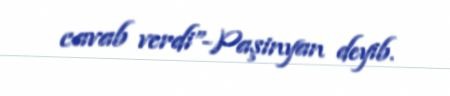
cavab verdi”-Paşinyan deyib.